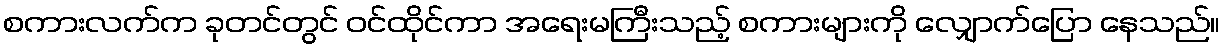
စကားလက်က ခုတင်တွင် ဝင်ထိုင်ကာ အရေးမကြီးသည့် စကားများကို လျှောက်ပြော နေသည်။